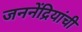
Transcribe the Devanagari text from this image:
जननेंद्रियांची